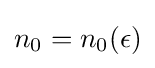
n_{0}=n_{0}(\epsilon )